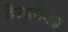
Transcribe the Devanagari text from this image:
तेरातोगेंस